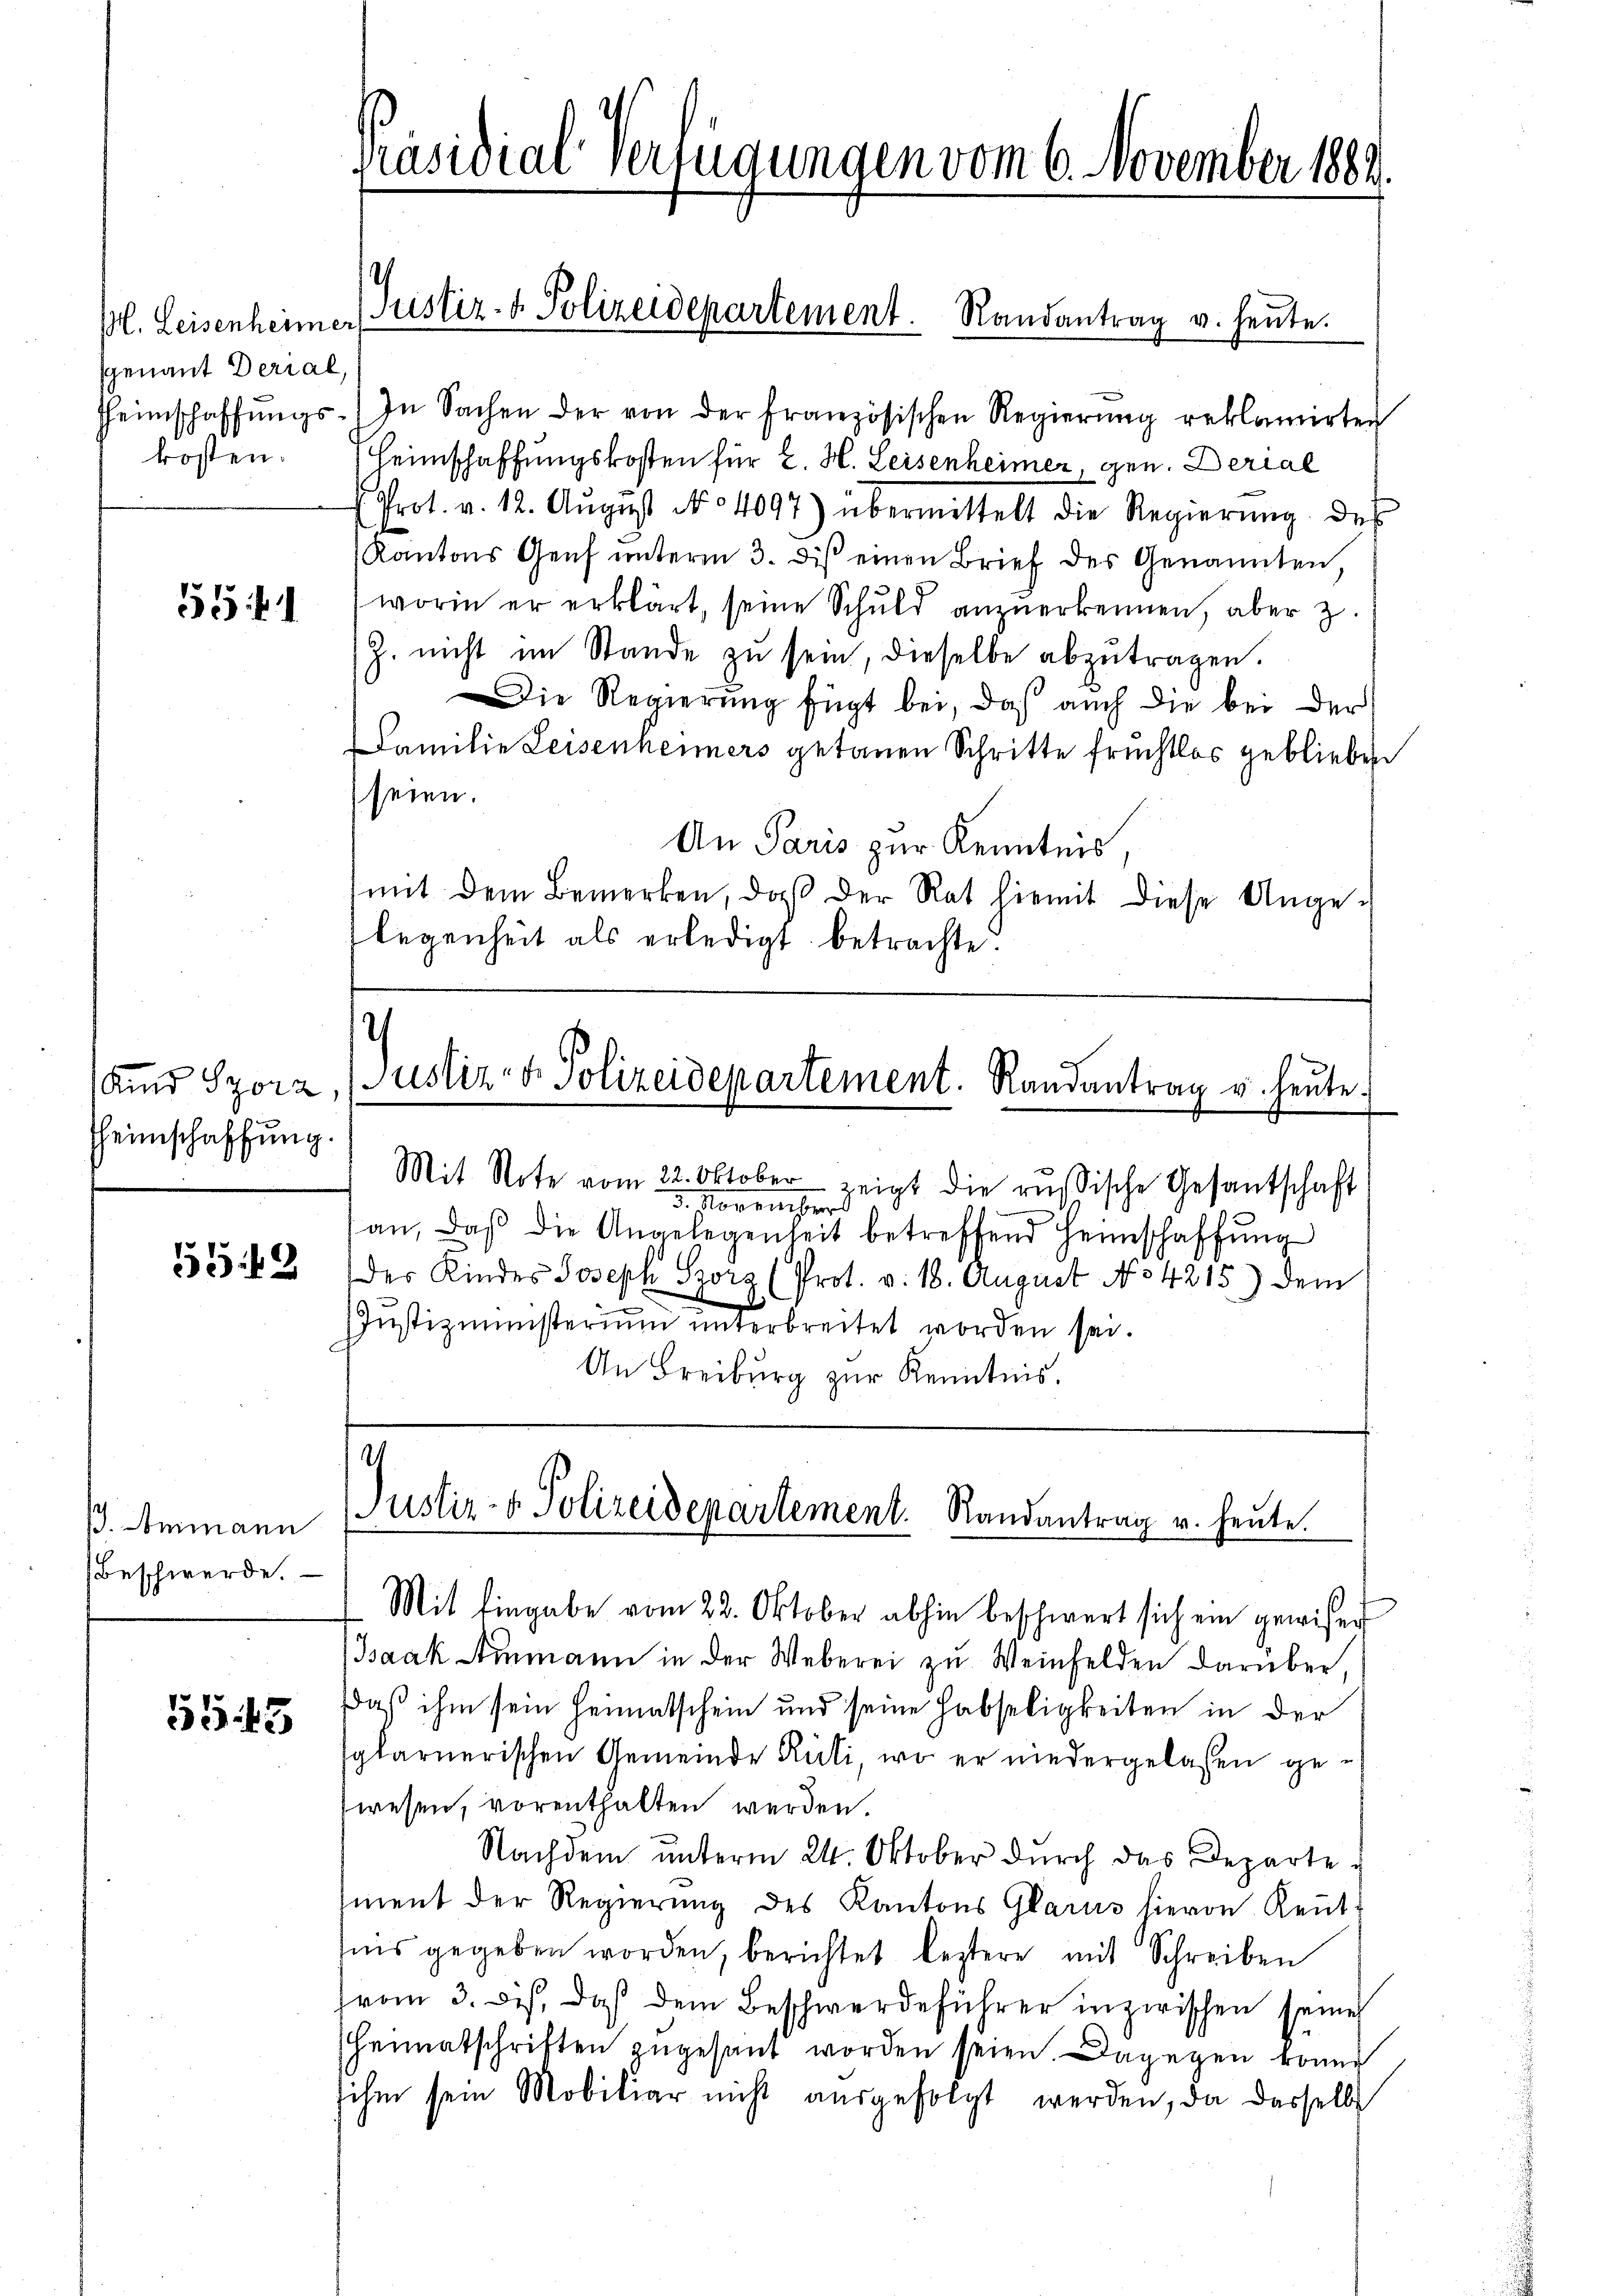
M. Leisenheimer
sgenant Derial,
Heimschaffungs¬

551

Aid Szora,
Heimschaffung.

5549

ß. Ammann
Beschwerde.

1545

.

In Sachen der von der französischen Regierung reklamirten
kosten. Heimschaffungskosten für E. H. Leisenheimer gen. Derial
Prot. v. 12. Aŭgŭst No 4097) übermittelt die Regierŭng des
Kantons Genf unterm 3. diβ einen Brief des Genannten
worin er erklärt, seine Schuld anzuerkennen, aber z.
Z. nicht im Stande zu sein, dieselbe abzutragen.
Die Regierung fügt bei, daß auch die bei der
Familie Leisenheimers getanen Schritte früchtlos geblieben
seien.
An Paris zur Kenntnis
mit dem Bemerken, daß der Rat hiemit diese Ange-
legenheit als erledigt betrachte.

Präsidial-Verfügungen vom 6. November 1882

Justiz- & Polizeidepartement. Randantrag u. heŭte.

c
Justiz- & Polizeidepartement. Randantrag u. heute.

Mit Note vom 22. Oktober zeigt die russische Gesantschaft
3. November
an, daβ die Angelegenheit betreffend Heimschaffŭng
der Kindes Joseph Storz (Prot. v. 18. August No 4215) dem
Justizministerium unterbreitet worden sei.
An Freiburg zur Kenntnis.

Justiz- & Polizeidepartement. Randantrag u. heute.

Mit Eingabe vom 22. Oktober abhin beschwert sich ein gewisen
Isaak Ammann in der Weberei zu Weinfelden darüber,
daß ihm sein Heimatschein und seine Habseligkeiten in der
sglarnerischen Gemeinde Rüti, wo er niedergelassen gewesen, vorenthalten werden.
Nachdem ŭnterm 24. Oktober dŭrch das Departe-
ment der Regierung des Kantons Glarus hievon Reut
nis gegeben worden, berichtet leztere mit Schreiben
(vom 3. ds. das dem Beschwerdeführer inzwischen seine
Heimatschriften zŭgesant worden seien. Dagegen konnt
sihm sein Mobiliar nicht ausgefolgt werden, da dasselbe